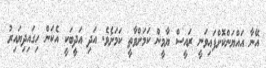
އޭނާ އައްޔަންކޮށްފައިވަނީ ރައީސް ޔާމީން ކަމަށްވާތީ ކަމަށެވެ. އަދި އަދީބަކީ އެކަން ހިގައިދިޔައިރު